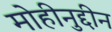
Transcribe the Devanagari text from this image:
मोहीनुद्दीन